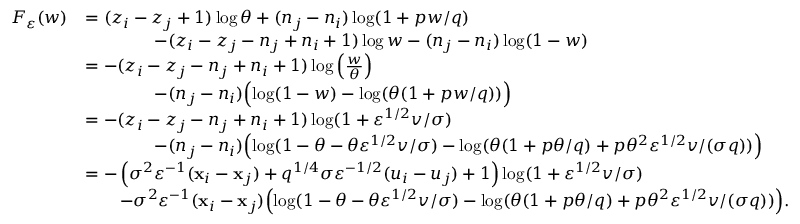
\begin{array} { r l } { F _ { \varepsilon } ( w ) } & { = ( z _ { i } - z _ { j } + 1 ) \log \theta + ( n _ { j } - n _ { i } ) \log ( 1 + p w / q ) } \\ & { \qquad \qquad - ( z _ { i } - z _ { j } - n _ { j } + n _ { i } + 1 ) \log w - ( n _ { j } - n _ { i } ) \log ( 1 - w ) } \\ & { = - ( z _ { i } - z _ { j } - n _ { j } + n _ { i } + 1 ) \log \left( \frac { w } { \theta } \right) } \\ & { \qquad \qquad - ( n _ { j } - n _ { i } ) \Bigl ( \log ( 1 - w ) - \log ( \theta ( 1 + p w / q ) ) \Bigr ) } \\ & { = - ( z _ { i } - z _ { j } - n _ { j } + n _ { i } + 1 ) \log ( 1 + \varepsilon ^ { 1 / 2 } v / \sigma ) } \\ & { \qquad \qquad - ( n _ { j } - n _ { i } ) \Bigl ( \log ( 1 - \theta - \theta \varepsilon ^ { 1 / 2 } v / \sigma ) - \log ( \theta ( 1 + p \theta / q ) + p \theta ^ { 2 } \varepsilon ^ { 1 / 2 } v / ( \sigma q ) ) \Bigr ) } \\ & { = - \left( \sigma ^ { 2 } \varepsilon ^ { - 1 } ( \mathbf { x } _ { i } - \mathbf { x } _ { j } ) + q ^ { 1 / 4 } \sigma \varepsilon ^ { - 1 / 2 } ( u _ { i } - u _ { j } ) + 1 \right) \log ( 1 + \varepsilon ^ { 1 / 2 } v / \sigma ) } \\ & { \qquad - \sigma ^ { 2 } \varepsilon ^ { - 1 } ( \mathbf { x } _ { i } - \mathbf { x } _ { j } ) \Bigl ( \log ( 1 - \theta - \theta \varepsilon ^ { 1 / 2 } v / \sigma ) - \log ( \theta ( 1 + p \theta / q ) + p \theta ^ { 2 } \varepsilon ^ { 1 / 2 } v / ( \sigma q ) ) \Bigr ) . } \end{array}